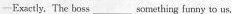
—Exactly. The boss___something funny to us,